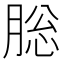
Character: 䐋